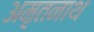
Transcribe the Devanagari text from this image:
अमृतनाथ